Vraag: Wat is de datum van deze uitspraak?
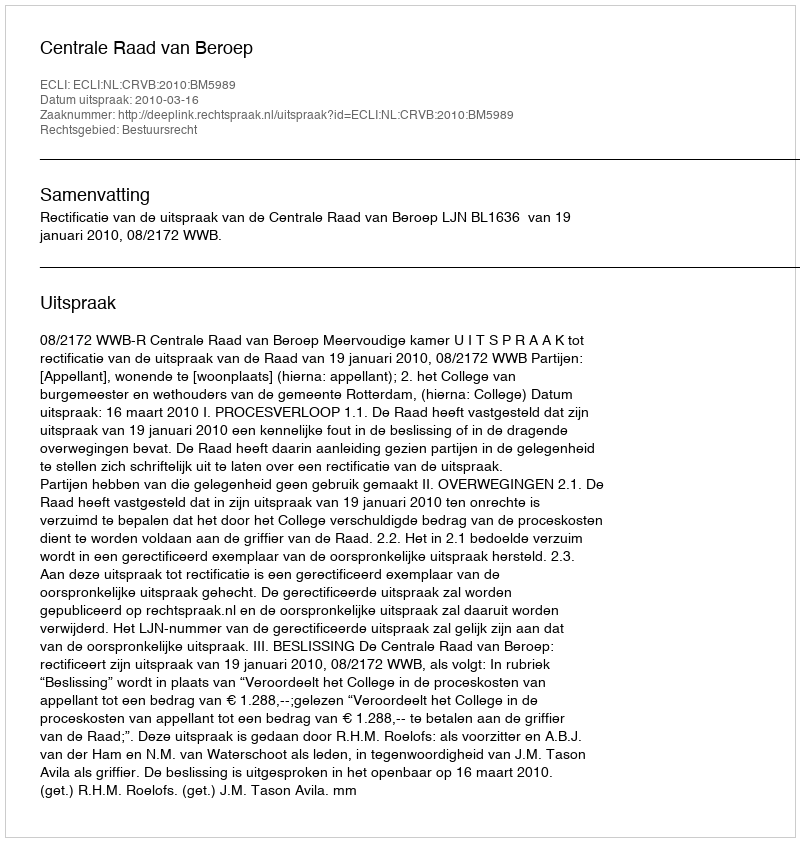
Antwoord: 2010-03-16